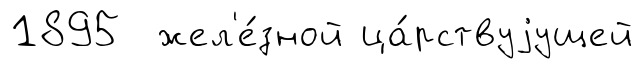
1895 жел'е́зной ца́рствуjущей